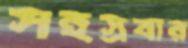
সহস্রবার